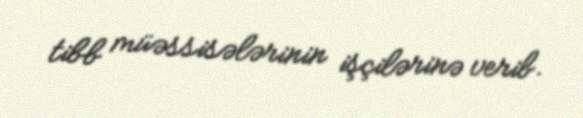
tibb müəssisələrinin işçilərinə verib.